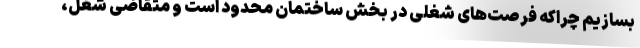
بسازیم چراکه فرصت‌های شغلی در بخش ساختمان محدود است و متقاضی شغل،